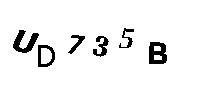
UD735B